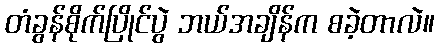
တံခွန်စိုက်ပြိုင်ပွဲ ဘယ်အချိန်က စခဲ့တာလဲ။